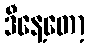
ဒီနေ့တော့